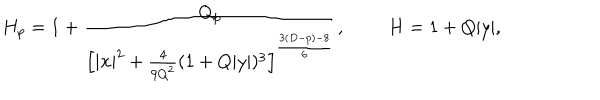
LaTeX: H _ { p } = 1 + { \frac { Q _ { p } } { \left[ | { \bf x } | ^ { 2 } + { \frac { 4 } { 9 Q ^ { 2 } } } ( 1 + Q | y | ) ^ { 3 } \right] ^ { \frac { 3 ( D - p ) - 8 } { 6 } } } } , \ H = 1 + Q | y | ,